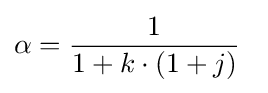
\alpha ={\frac {1}{1+k\cdot (1+j)}}\,\